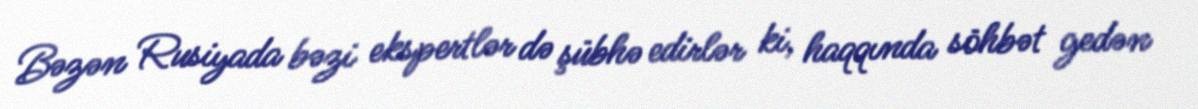
Bəzən Rusiyada bəzi ekspertlər də şübhə edirlər ki, haqqında söhbət gedən